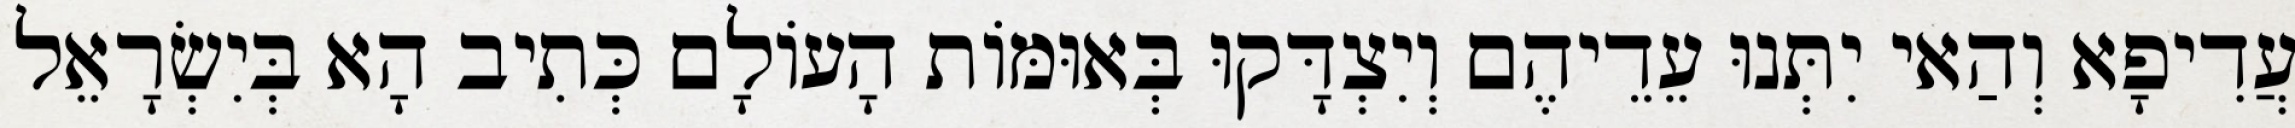
עֲדִיפָא וְהַאי יִתְּנוּ עֵדֵיהֶם וְיִצְדָּקוּ בְּאוּמּוֹת הָעוֹלָם כְּתִיב הָא בְּיִשְׂרָאֵל